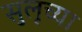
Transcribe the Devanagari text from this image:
सुलूच्या